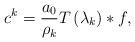
LaTeX: \begin{align*}c^k=\frac{a_0}{\rho_k}T\left(\lambda_k\right)*f,\end{align*}